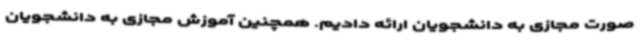
صورت مجازی به دانشجویان ارائه دادیم. همچنین آموزش مجازی به دانشجویان